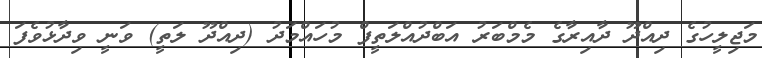
މަޖިލީހުގެ ދިއްދޫ ދާއިރާގެ މެމްބަރު އަބްދުއްލަތީފް މުހައްމަދު (ދިއްދޫ ލަތީ) ވަނީ ވިދާޅުވެފަ